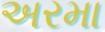
અરમા